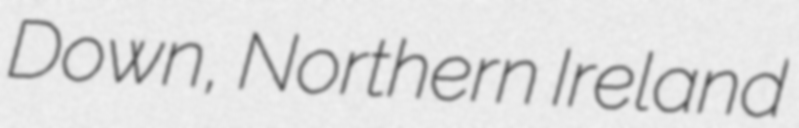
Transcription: Down, Northern Ireland